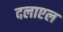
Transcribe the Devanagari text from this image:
दलाएल